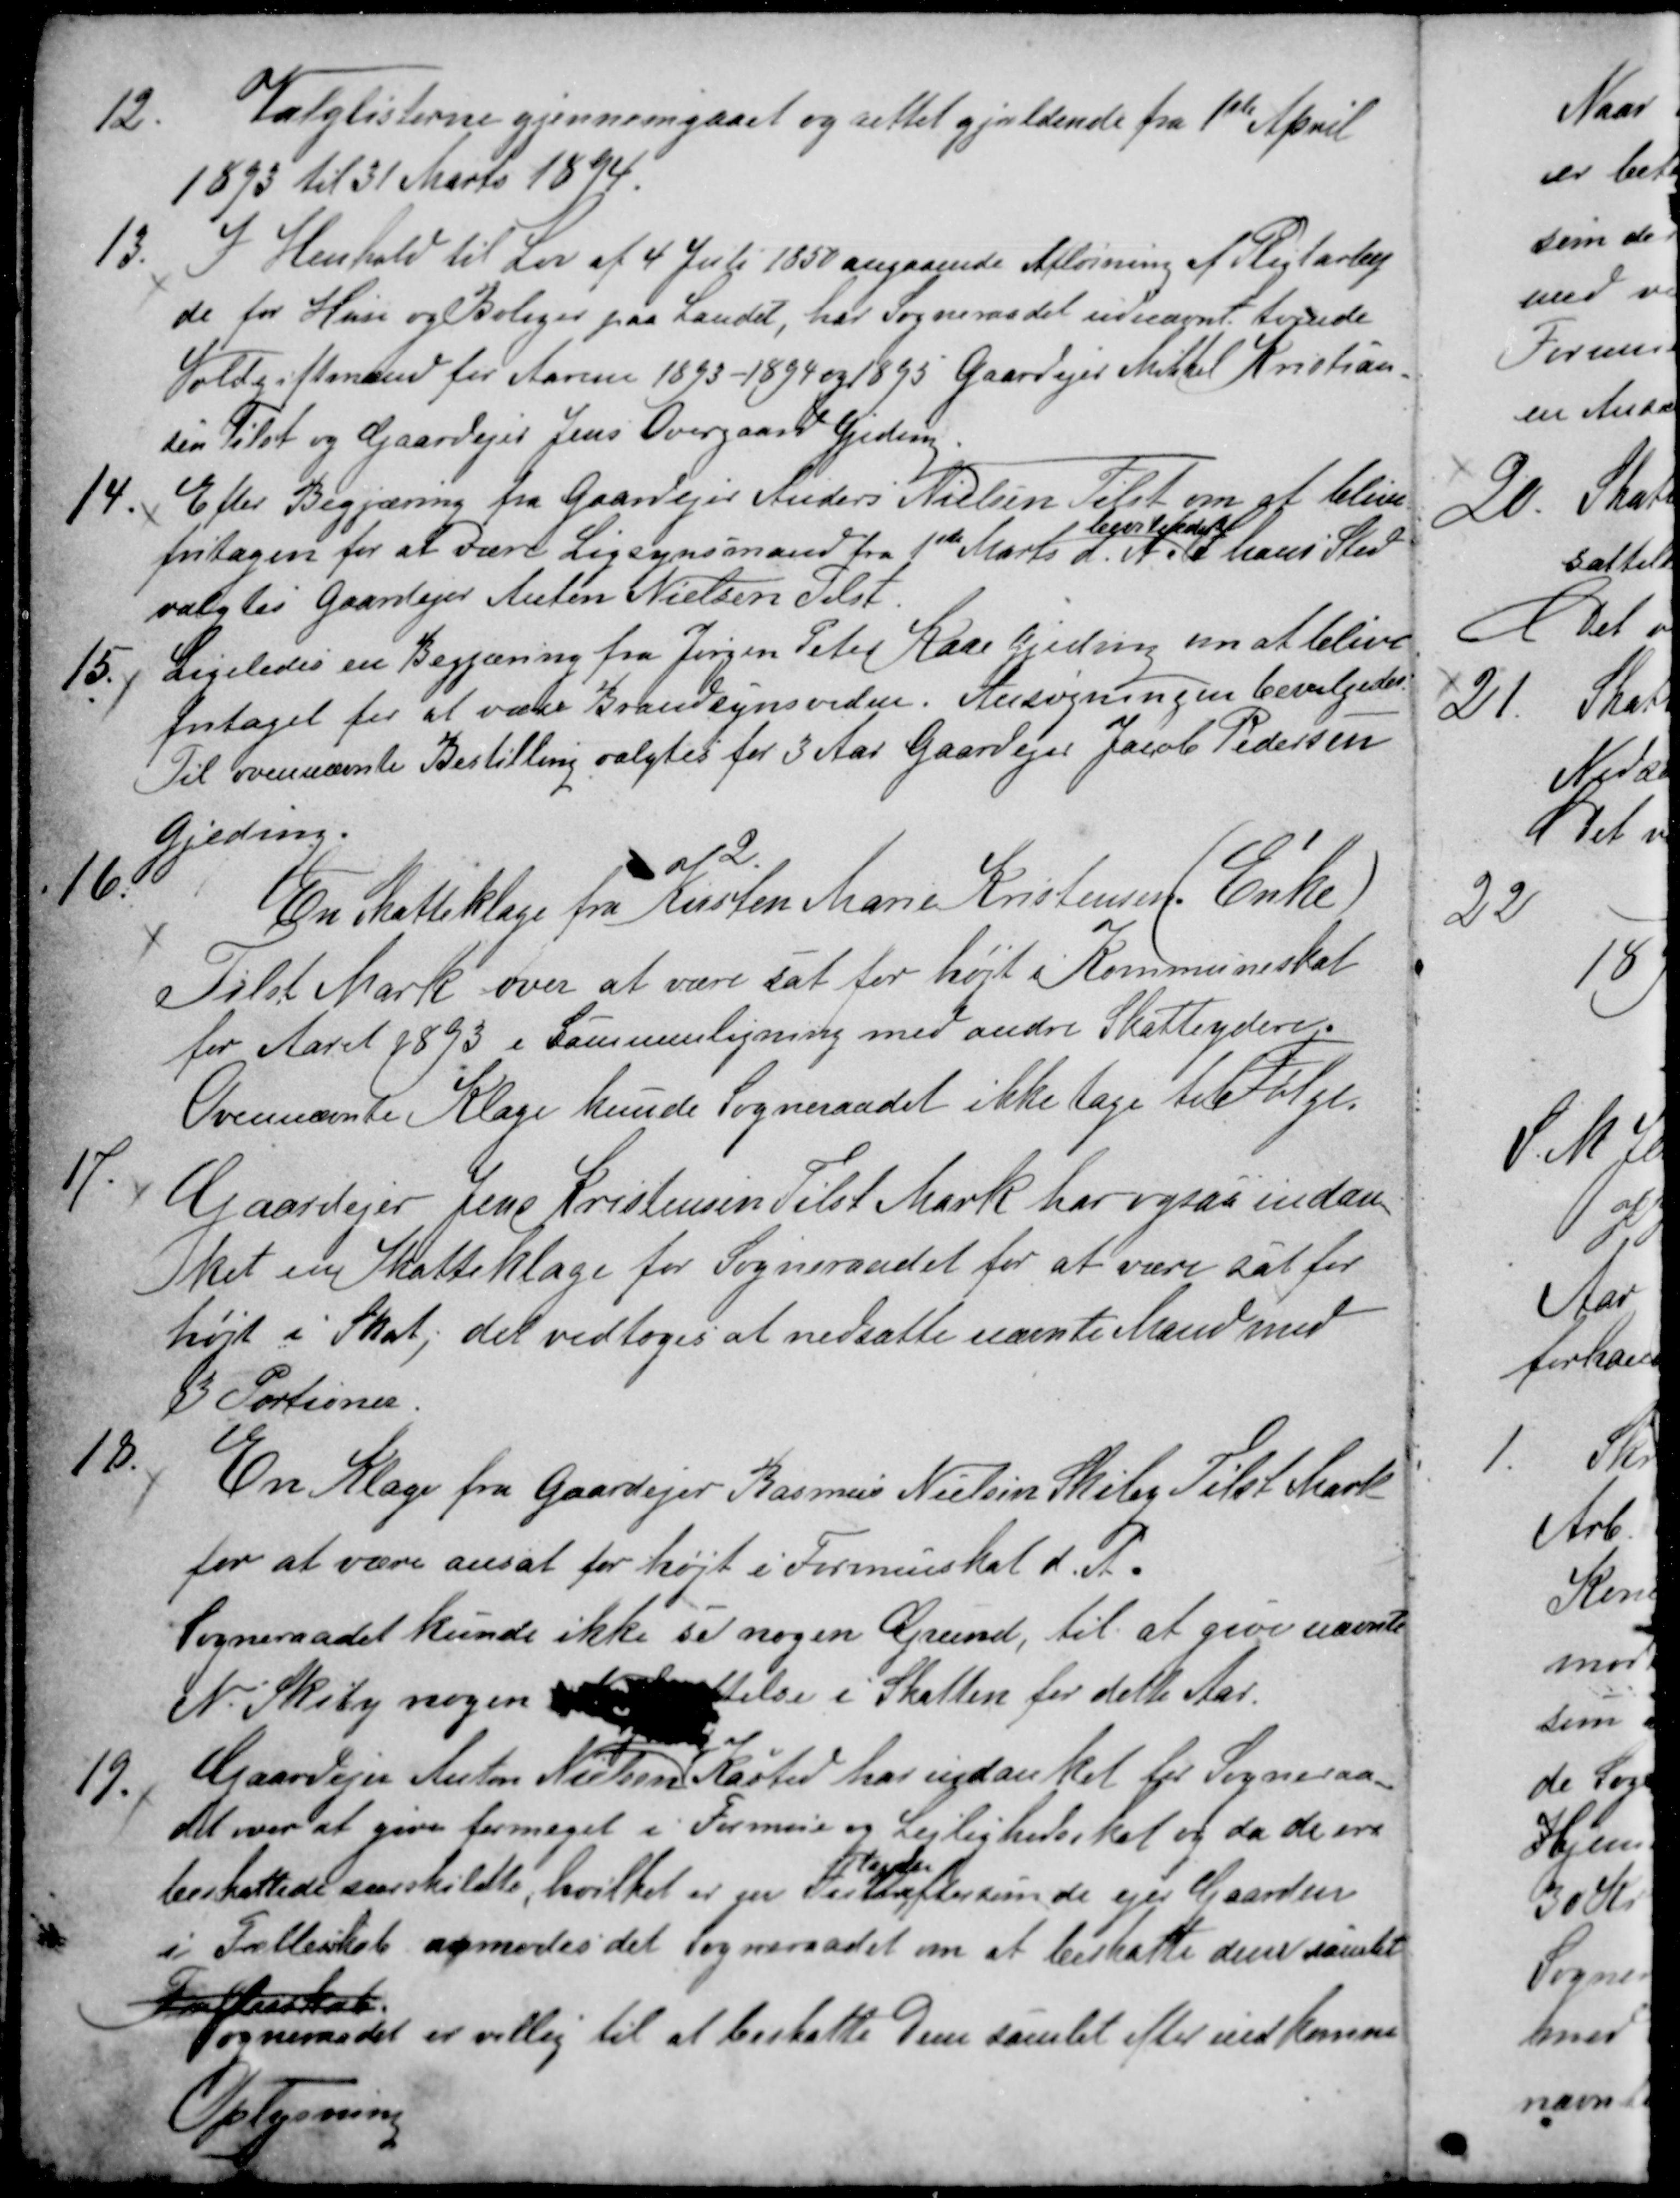
Transskription:
12.
Valglisterne gjennemgaaet og rettet gjældende fra 1ste April
1893 til 31 Marts 1894.
13.
I Henhold til Lov af 4 Juli 1850 angaaende Afløsning af Pligtarbej-
de for Huse og Boliger paa Landet, har Sogneraadet udnævnt tvende
Voldgiftsmand for Aarene 1893-1894 og 1895 Gaardejer Mikkel Kristian-
sen Tilst og Gaardejer Jens Overgaard Gjeding.
14.
Efter Begjæring fra Gaardejer Anders Nielsen Tilst om at blive
fritagen for at være Ligsynsmand fra 1ste Marts d. A.
bevilgedes
I hans Sted
valgtes Gaardejer Anton Nielsen Tilst.
15.
Ligeledes en Begjæring fra Jørgen Peter Kaae Gjeding om at blive
fritaget for at være Brandsynsvidne. Ansøgningen bevilgedes.
Til ovennævnte Bestilling valgtes for 3 Aar Gaardejer Jacob Pedersen
Gjeding.
16.
En Skatteklage fra Kirsten Marie Kristensen. (Enke)
Tilst Mark over at være sat for højt i Kommuneskat
for Aaret 1893 i Sammenligning med andre Skatteydere.
Ovennævnte Klage kunde Sogneraadet ikke tage til Følge.
17.
Gaardejer Jens Kristensen Tilst Mark har ogsaa indan-
ket en Skatteklage for Sogneraadet for at være sat for
højt i Skat, det vedtoges at nedsatte nævnte Mand med
3 Portioner.
18.
En Klage fra Gaardejer Rasmus Nielsen Skiby Tilst Mark
for at være ansat for højt i Formueskat d. A.
Sogneraadet kunde ikke se nogen Grund, til at give nævnte
N. Skiby nogen Lettelse i Skatten for dette Aar.
19.
Gaardejer Anton Nielsen Kasted har indanket for Sogneraa-
det over at give formeget i Formue og Lejlighedsskat og da de ere
beskattede særskildte, hvilket er en For
tagelse
eftersom de ejer Gaarden
i Fællesskab anmodes det sogneraadet om at beskatte dem samlet
Fællesskab
Sogneraadet er villig til at beskatte Dem samlet efter indkomne
Oplysning.